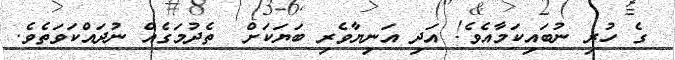
ގެ ހުރި ނުބައިކަމާއެވެ! އަދި އަނިޔާވެރި ބަޔަކަށް  ތެދުމަގެއް ނުދައްކަވަތެވެ.